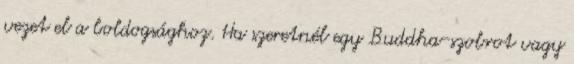
vezet el a boldogsághoz. Ha szeretnél egy Buddha-szobrot vagy